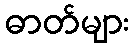
ဓာတ်များ